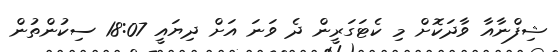
ޝިފްނާއާ ވާދަކޮށް މި ކެޓަގަރީން ދެ ވަނަ އަށް ދިޔައީ 18:07 ސިކުންތުން